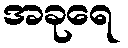
အခုရေ